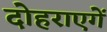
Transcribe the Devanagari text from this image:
दोहराएगें